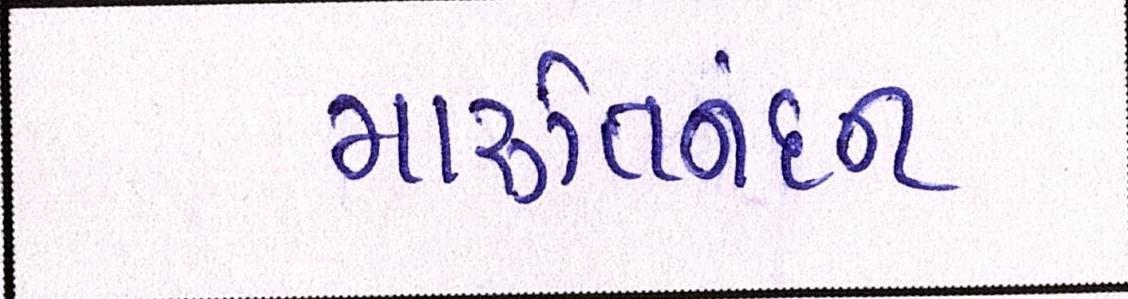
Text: મારૂતિનંદન